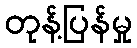
တုန့်ပြန်မှု